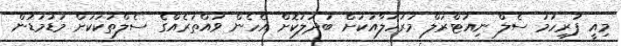
މިއީ ފުރިހަމަ ސެލް ނިއުޓްރަލް މަރުހަލާއަކަށް ބަދަލުކޮށް އެހެން ވައްތަރެއްގެ ސެލްތަކަކަށް މަޑުމަޑުން